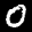
Label: 0